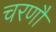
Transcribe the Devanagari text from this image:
चरणौ